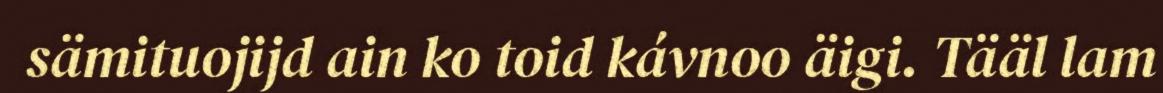
sämituojijd ain ko toid kávnoo äigi. Tääl lam